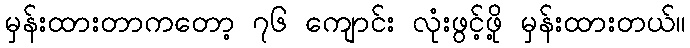
မှန်းထားတာကတော့ ၇၆ ကျောင်း လုံးဖွင့်ဖို့ မှန်းထားတယ်။